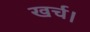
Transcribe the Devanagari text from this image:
खर्च।